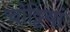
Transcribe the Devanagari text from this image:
चोट्टियां